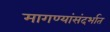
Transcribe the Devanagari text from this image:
मागण्यांसंदर्भात